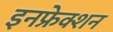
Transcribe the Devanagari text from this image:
इनफ्रेक्शन